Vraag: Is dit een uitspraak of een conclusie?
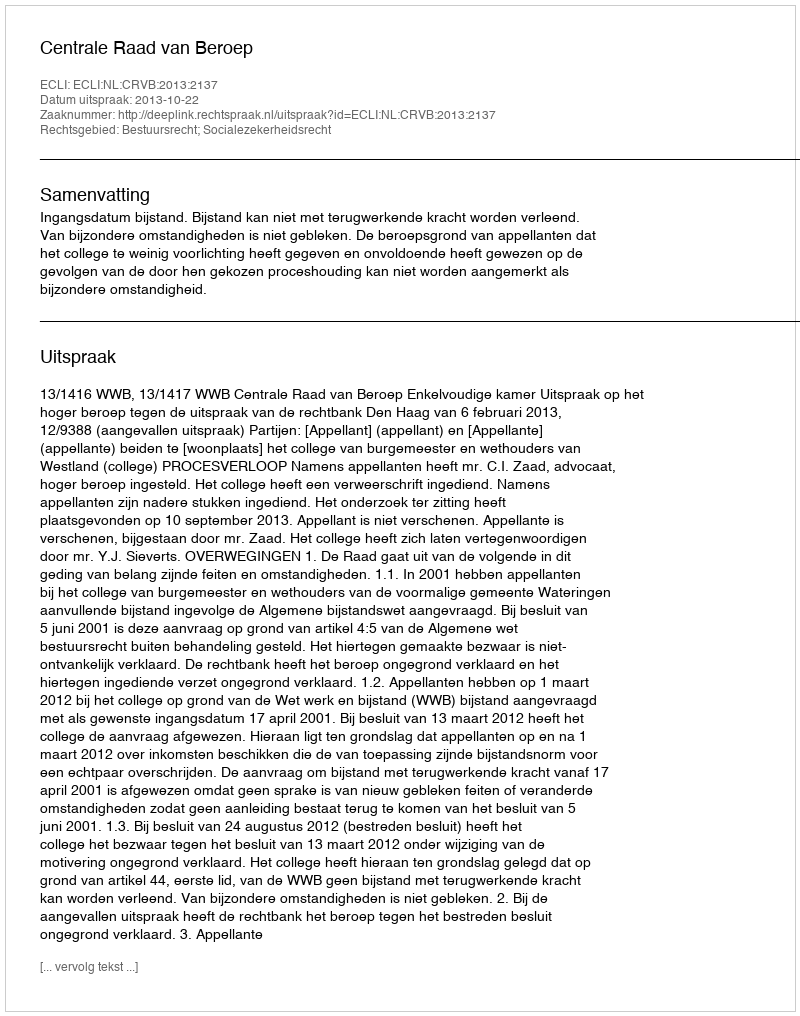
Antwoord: Uitspraak